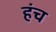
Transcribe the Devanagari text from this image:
हंच